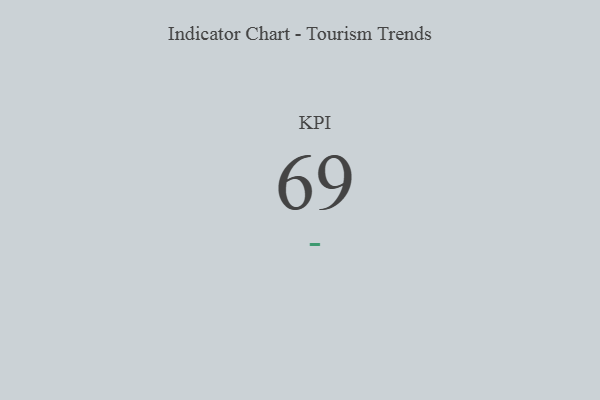
{"axis": {"x": "KPI", "y": "Value"}, "legend": [""], "data": [{"x": "KPI", "y": 69, "type": ""}]}